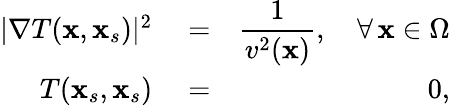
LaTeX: \begin{array}{rlr}{|\nabla T(\mathbf{x},\mathbf{x}_{s})|^{2}}&{{}=}&{\displaystyle\frac{1}{v^{2}(\mathbf{x})},\quad\forall\, \mathbf{x}\in\Omega}\\ {T(\mathbf{x}_{s},\mathbf{x}_{s})}&{{}=}&{0,}\end{array}